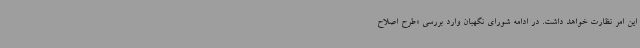
این امر نظارت خواهد داشت. در ادامه شورای نگهبان وارد بررسی «طرح اصلاح